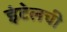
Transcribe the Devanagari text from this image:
इंटेलची